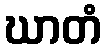
ဃာတံ